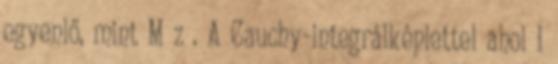
egyenlő, mint M z . A Cauchy-integrálképlettel ahol I